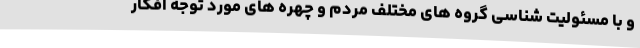
و با مسئولیت شناسی گروه های مختلف مردم و چهره های مورد توجه افکار